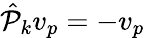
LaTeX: \hat{\mathcal P}_{k}v_{p}=-v_{p}